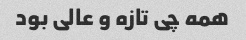
همه چی تازه و عالی بود